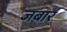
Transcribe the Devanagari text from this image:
जबार